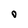
Character: O